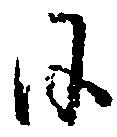
日